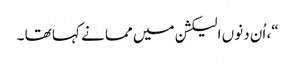
“، اُن دنوں الیکشن میں مما نے کہا تھا ۔